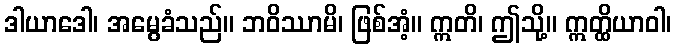
ဒါယာဒေါ၊ အမွေခံသည်။ ဘဝိဿာမိ၊ ဖြစ်အံ့။ ဣတိ၊ ဤသို့။ ဣတ္ထိယာဝါ၊